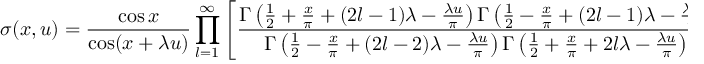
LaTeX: \sigma ( x , u ) = \frac { \cos x } { \cos ( x + \lambda u ) } \prod _ { l = 1 } ^ { \infty } \left[ \frac { \Gamma \left( \frac { 1 } { 2 } + \frac { x } { \pi } + ( 2 l - 1 ) \lambda - \frac { \lambda u } { \pi } \right) \Gamma \left( \frac { 1 } { 2 } - \frac { x } { \pi } + ( 2 l - 1 ) \lambda - \frac { \lambda u } { \pi } \right) } { \Gamma \left( \frac { 1 } { 2 } - \frac { x } { \pi } + ( 2 l - 2 ) \lambda - \frac { \lambda u } { \pi } \right) \Gamma \left( \frac { 1 } { 2 } + \frac { x } { \pi } + 2 l \lambda - \frac { \lambda u } { \pi } \right) } / ( u \to - u ) \right]